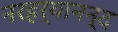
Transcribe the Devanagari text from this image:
नरहर्यानन्द